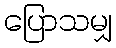
ပြောသမျှ